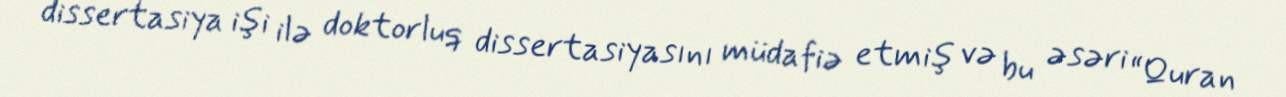
dissertasiya işi ilə doktorluq dissertasiyasını müdafiə etmiş və bu əsəri “Quran